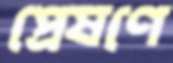
প্রেষণে